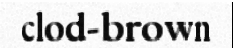
clod-brown